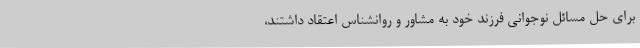
برای حل مسائل نوجوانی فرزند خود به مشاور و روانشناس اعتقاد داشتند،